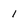
Character: 1